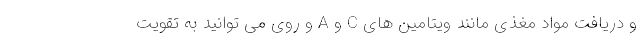
و دریافت مواد مغذی مانند ویتامین های C و A و روی می توانید به تقویت